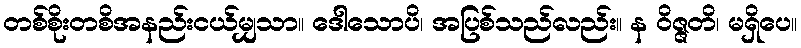
တစ်စိုးတစိအနည်းငယ်မျှသာ။ ဒေါသောပိ၊ အပြစ်သည်လည်း။ န ဝိဇ္ဇတိ၊ မရှိပေ။